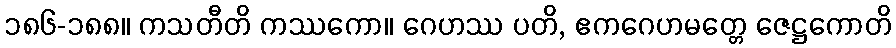
၁၈၆-၁၈၈။ ကသတီတိ ကဿကော။ ဂေဟဿ ပတိ, ဧကဂေဟမတ္တေ ဇေဋ္ဌကောတိ